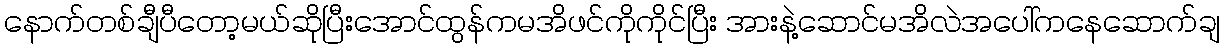
နောက်တစ်ချီပီတော့မယ်ဆိုပြီးအောင်ထွန်ကမအိဖင်ကိုကိုင်ပြီး အားနဲ့ဆောင်မအိလဲအပေါ်ကနေဆောက်ချ